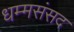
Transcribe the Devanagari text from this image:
धम्मसंसद